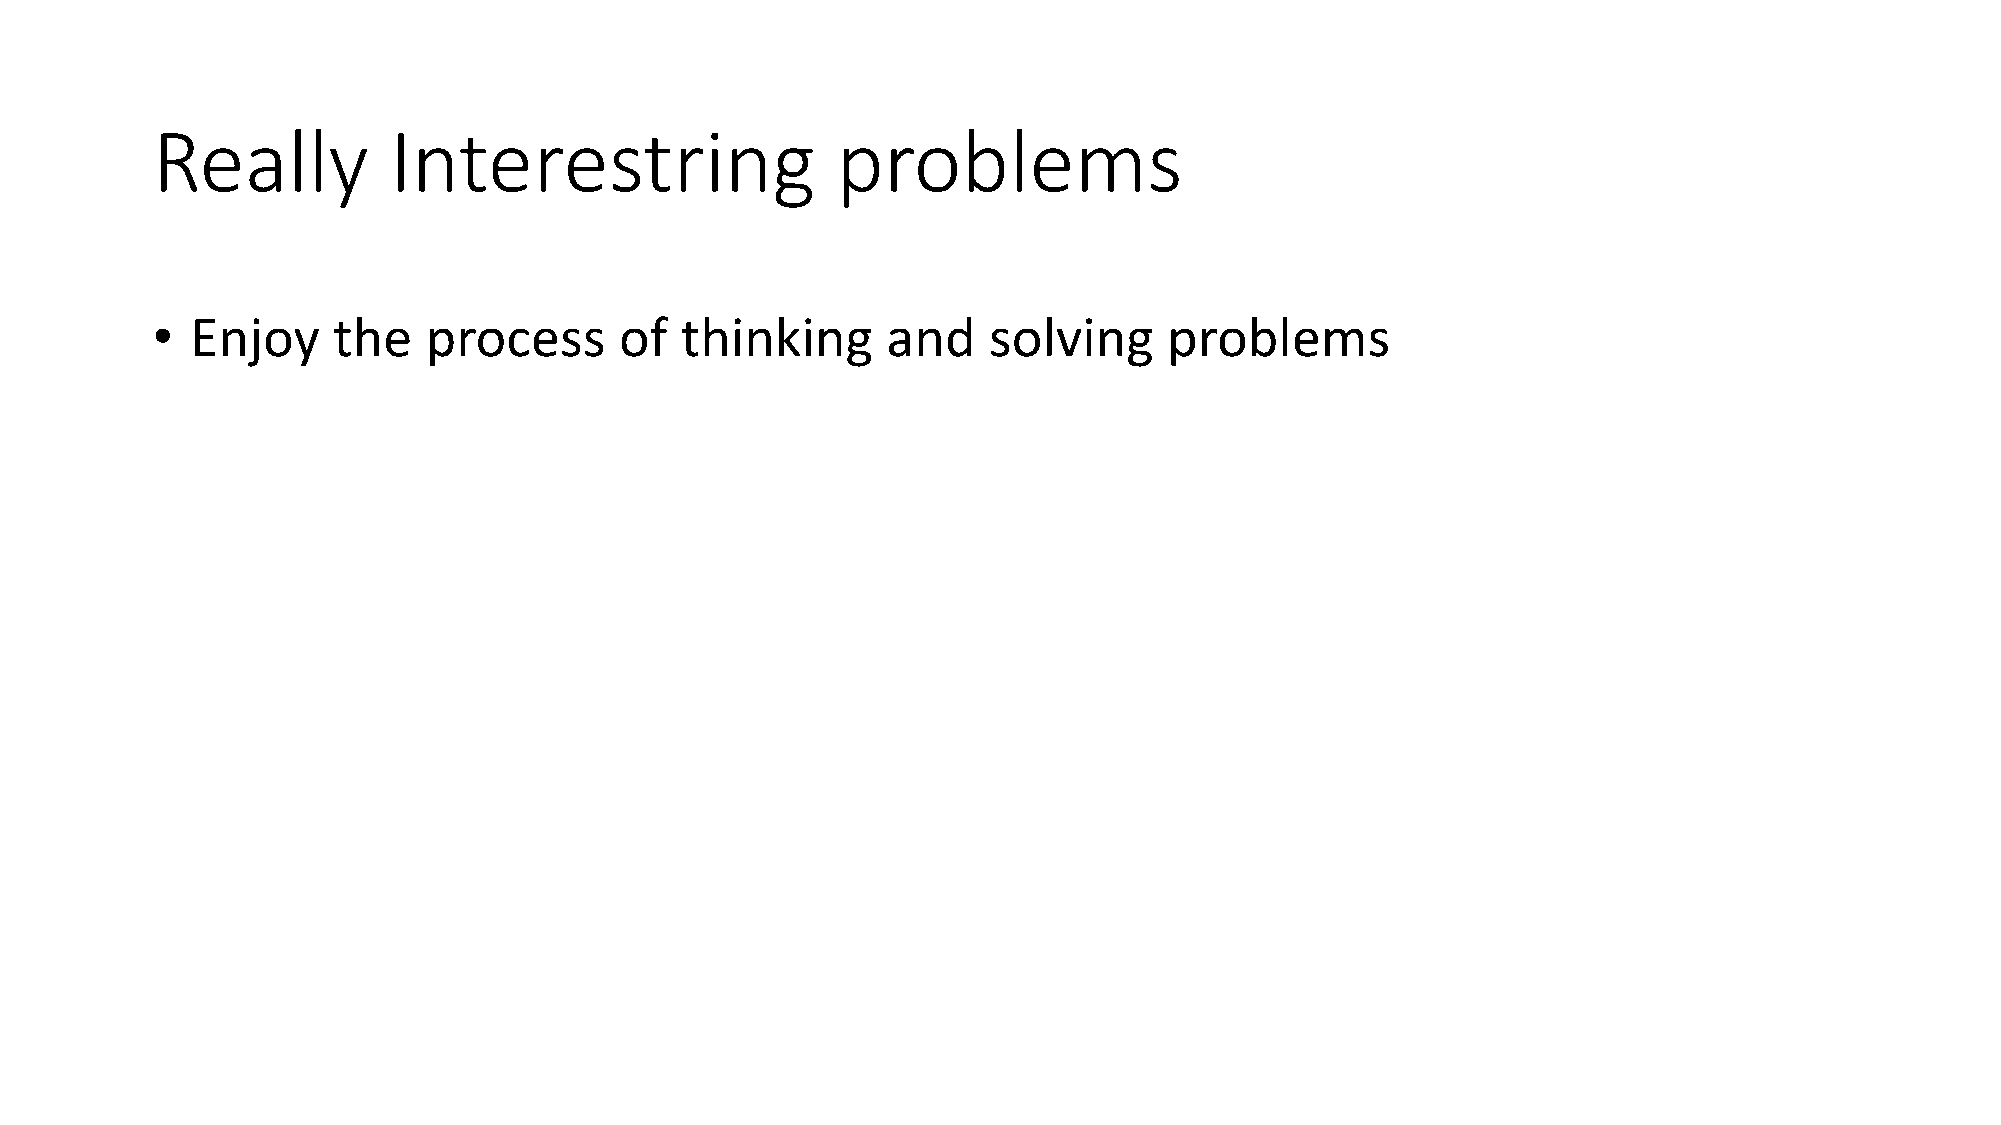
Really          Interestring                 problems
 •  Enjoy    the   process      of  thinking      and   solving     problems